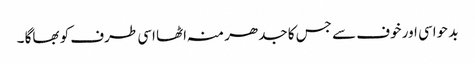
بد حواسی اور خوف سے جس کا جدھر منہ اٹھا اسی طرف کو بھاگا ۔